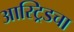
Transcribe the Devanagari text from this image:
आस्ट्रिडचा